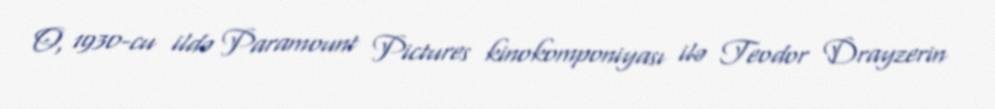
O, 1930-cu ildə Paramount Pictures kinokomponiyası ilə Teodor Drayzerin